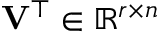
\mathbf { V } ^ { \top } \in \mathbb { R } ^ { r \times n }